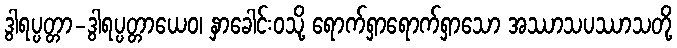
ဒွါရပ္ပတ္တာ-ဒွါရပ္ပတ္တာယေဝ၊ နှာခေါင်းဝသို့ ရောက်ရှာရောက်ရှာသော အဿာသပဿာသတို့